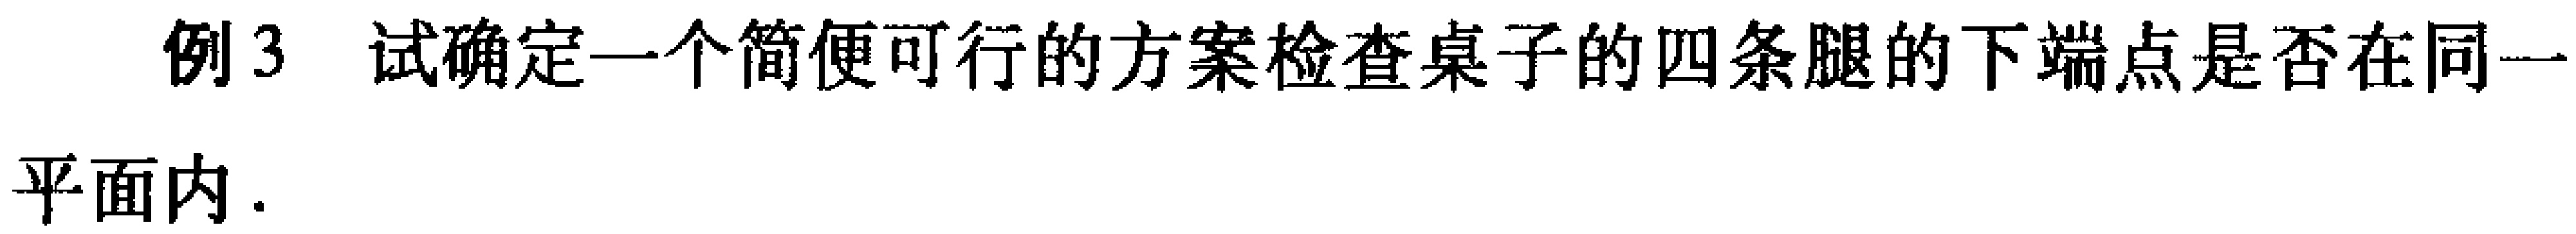
例3 试确定一个简便可行的方案检查桌子的四条腿的下端点是否在同一平面内.